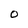
Character: O